Senior Leaving Certificate Examination (including Day School Certificate (Higher) General paper), 1949
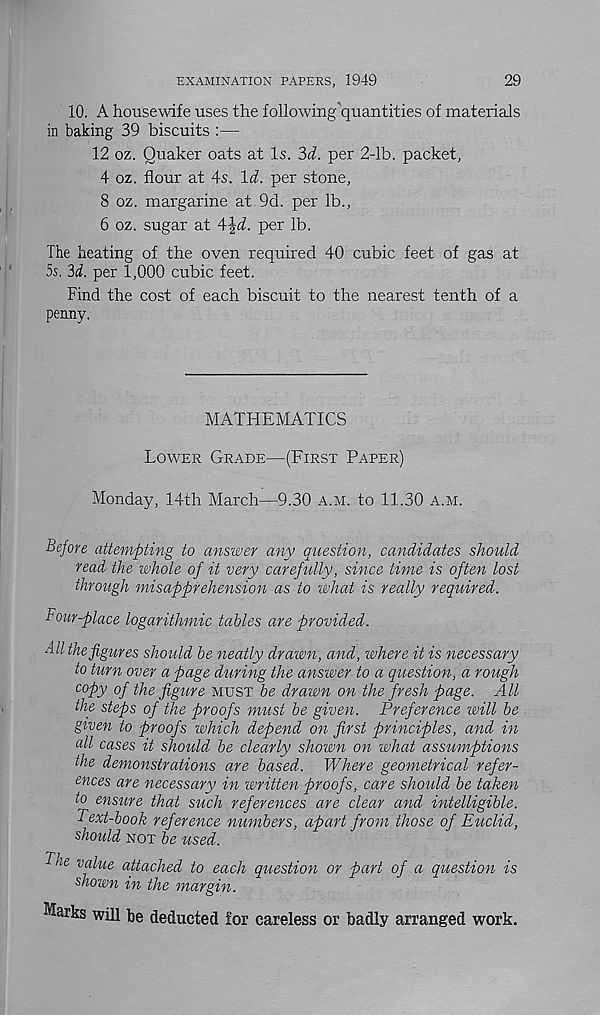
EXAMINATION PAPERS, 1949
29
10. A housewife uses the following quantities of materials
in baking 39 biscuits :—
12 oz. Quaker oats at Is. 3d. per 2-lb. packet,
4 oz. flour at 4s. Id. per stone,
8 oz. margarine at 9d. per lb.,
6 oz. sugar at 4|i. per lb.
The heating of the oven required 40 cubic feet of gas at
5s. 3d. per 1,000 cubic feet.
Find the cost of each biscuit to the nearest tenth of a
penny.
MATHEMATICS
Lower Grade—(First Paper)
Monday, 14th March—9.30 a.m. to 11.30 a.m.
Before attempting to answer any question, candidates should
read the whole of it very carefully, since time is often lost
through misapprehension as to what is really required.
Four-place logarithmic tables are provided.
All the figures should be neatly drawn, and, where it is necessary
to turn over a page during the answer to a question, a rough
copy of the figure must be drawn on the fresh page. All
the steps of the proofs must be given. Preference will be
given to proofs which depend on first principles, and in
all cases it should be clearly shown on what assumptions
the demonstrations are based. Where geometrical refer-
ences are necessary in written proofs, care should be taken
to ensure that such references are clear and intelligible.
Text-book reference numbers, apart from those of Euclid,
should not be used.
Tne value attached to each question or part of a question is
shown in the margin.
Marks will be deducted for careless or badly arranged work.